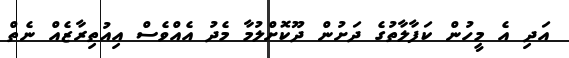
އަދި އެ މީހުން ކަފާލާތުގެ ދަށުން ދޫކޮށްލުމާ މެދު އެއްވެސް އިއުތިރާޒެއް ނެތް